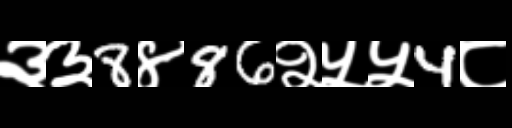
Text: ३३8४86२५५4८